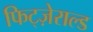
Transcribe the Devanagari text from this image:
फिट्ज़ेराल्ड